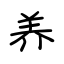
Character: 养